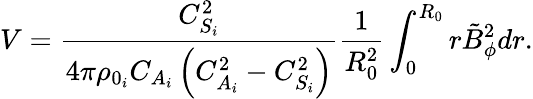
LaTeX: V=\frac{C_{S_{i}}^{2}}{4\pi\rho_{0_{i}}C_{A_{i}}\left(C_{A_{i}}^{2}-C_{S_{i}}^{2}\right)}\frac{1}{R_{0}^{2}}\int_{0}^{R_{0}}{r\tilde{B}_{\phi}^{2}dr}.